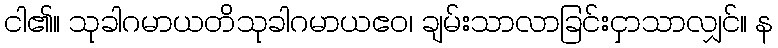
ငါ၏။ သုခါဂမာယတိသုခါဂမာယဧဝ၊ ချမ်းသာလာခြင်းငှာသာလျှင်။ န